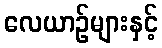
လေယာဉ်များနှင့်